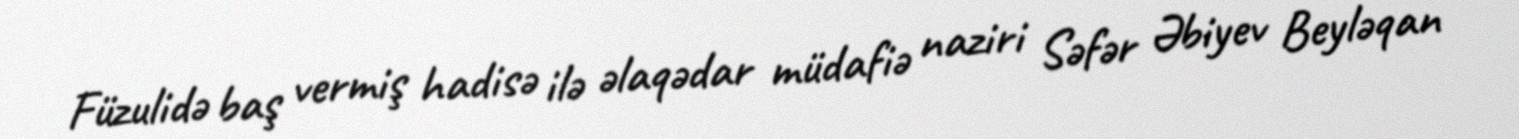
Füzulidə baş vermiş hadisə ilə əlaqədar müdafiə naziri Səfər Əbiyev Beyləqan